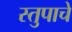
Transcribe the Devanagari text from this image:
स्तुपाचे